Vaccination report Assam 1896-1927 - 1896-1927
Year: 1896
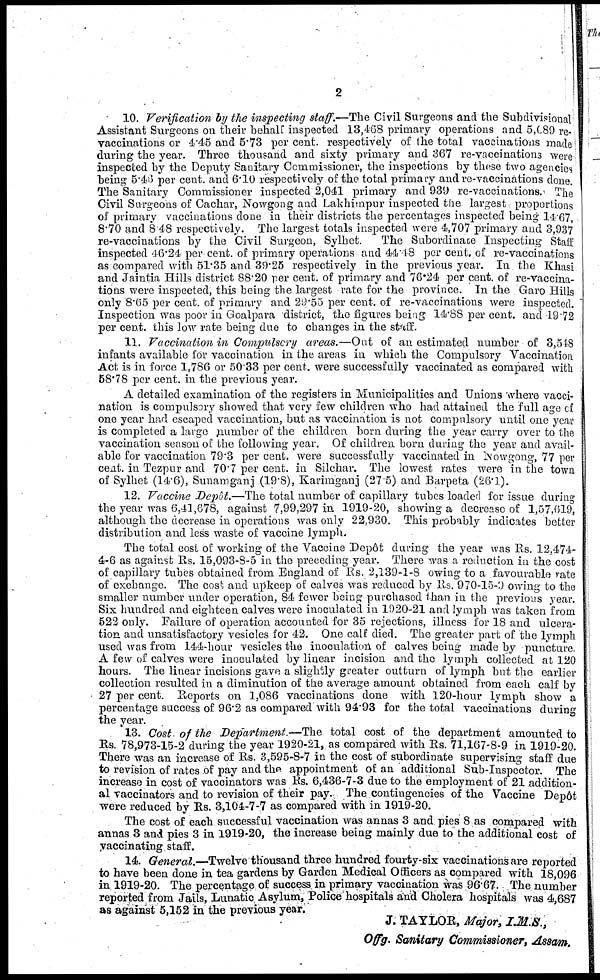
2
10. Verification by the inspecting staff.—The Civil Surgeons and the Subdivisional
Assistant Surgeons on their behalf inspected 13,468 primary operations and 5,089 re-
vaccinations or 4.45 and 5.73 per cent. respectively of the total vaccinations made
during the year. Three thousand and sixty primary and 367 re-vaccinations were
inspected by the Deputy Sanitary Commissioner, the inspections by these two agencies
being 5.46 per cent. and 6.10 respectively of the total primary and re-vaccinations done.
The Sanitary Commissioner inspected 2,041 primary and 939 re-vaccinations. The
Civil Surgeons of Cachar, Nowgong and Lakhimpur inspected the largest proportions
of primary vaccinations done in their districts the percentages inspected being 14.67,
8.70 and 8 48 respectively. The largest totals inspected were 4,707 primary and 3,937
re-vaccinations by the Civil Surgeon, Sylhet.
The Subordinate Inspecting Staff
inspected 46.24 per cent. of primary operations and 44.48 per cent. of re-vaccinations
as compared with 51.35 and 39.25 respectively in the previous year. In the Khasi
and Jaintia Hills district 88.20 per cent. of primary and 76.24 per cent. of re-vaccina-
tions were inspected, this being the largest rate for the province. In the Garo Hills
only 8.65 per cent. of primary and 29.55 per cent. of re-vaccinations were inspected.
Inspection was poor in Goalpara district, the figures being 14.88 per cent. and 19 72
per cent. this low rate being due to changes in the staff.
11. Vaccination in Compulsory areas.—Out of an estimated number of 3,548
infants available for vaccination in the areas in which the Compulsory Vaccination
Act is in force 1,786 or 50.33 per cent. were successfully vaccinated as compared with
58.78 per cent. in the previous year.
A detailed examination of the registers in Municipalities and Unions where vacci-
nation is compulsory showed that very few children who had attained the full age of
one year had escaped vaccination, but as vaccination is not compulsory until one year
is completed a large number of the children born during the year carry over to the
vaccination season of the following year. Of children born during the year and avail-
able for vaccination 79.3 per cent. were successfully vaccinated in Nowgong, 77 per
cent. in Tezpur and 70.7 per cent. in Silchar. The lowest rates were in the town
of Sylhet (14.6), Sunamganj (19.8), Karimganj (27.5) and Barpeta (26.1).
12. Vaccine Depôt.—The total number of capillary tubes loaded for issue during
the year was 6,41,678, against 7,99,297 in 1919-20, showing a decrease of 1,57,619,
although the decrease in operations was only 22,930. This probably indicates better
distribution and less waste of vaccine lymph.
The total cost of working of the Vaccine Depôt during the year was Rs. 12,474-
4-6 as against Rs. 15,093-8-5 in the preceding year. There was a reduction in the cost
of capillary tubes obtained from England of Rs. 2,139-1-8 owing to a favourable rate
of exchange. The cost and upkeep of calves was reduced by Rs. 970-15-9 owing to the
smaller number under operation, 84 fewer being purchased than in the previous year.
Six hundred and eighteen calves were inoculated in 1920-21 and lymph was taken from
522 only. Failure of operation accounted for 35 rejections, illness for 18 and ulcera-
tion and unsatisfactory vesicles for 42. One calf died. The greater part of the lymph
used was from 144-hour vesicles the inoculation of calves being made by puncture.
A few of calves were inoculated by linear incision and the lymph collected at 120
hours. The linear incisions gave a slightly greater outturn of lymph but the earlier
collection resulted in a diminution of the average amount obtained from each calf by
27 per cent. Reports on 1,086 vaccinations done with 120-hour lymph show a
percentage success of 96.2 as compared with 94.93 for the total vaccinations during
the year.
13. Cost of the Department —The total cost of the department amounted to
Rs. 78,973-15-2 during the year 1920-21, as compared with Rs. 71,167-8-9 in 1919-20.
There was an increase of Rs. 3,595-8-7 in the cost of subordinate supervising staff due
to revision of rates of pay and the appointment of an additional Sub-Inspector. The
increase in cost of vaccinators was Rs. 6,436-7-3 due to the employment of 21 addition-
al vaccinators and to revision of their pay. The contingencies of the Vaccine Dep6t
were reduced by Rs. 3,104-7-7 as compared with in 1919-20.
The cost of each successful vaccination was annas 3 and pies 8 as compared with
annas 3 and pies 3 in 1919-20, the increase being mainly due to the additional cost of
vaccinating staff.
14. General.—Twelve thousand three hundred fourty-six vaccinations are reported
to have been done in tea gardens by Garden Medical Officers as compared with 18,096
in 1919-20. The percentage of success in primary vaccination was 96.67. The number
reported from Jails, Lunatic Asylum, Police hospitals and Cholera hospitals was 4,687
as against 5,152 in the previous year.
J. TAYLOR, Major, I.M.S.,
Offg. Sanitary Commissioner, Assam.